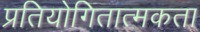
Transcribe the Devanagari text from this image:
प्रतियोगितात्मकता